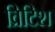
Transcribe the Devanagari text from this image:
व्रिटिश